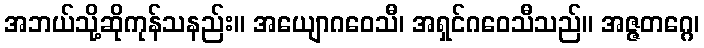
အဘယ်သို့ဆိုကုန်သနည်း။ အယျောဂဝေသီ၊ အရှင်ဂဝေသီသည်။ အဇ္ဇတဂ္ဂေ၊